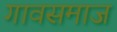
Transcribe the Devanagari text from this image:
गावसमाज